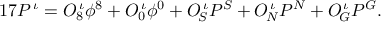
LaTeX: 1 7 P ^ { \, \iota } = { \cal O } _ { 8 } ^ { \, \iota } \phi ^ { 8 } + { \cal O } _ { 0 } ^ { \, \iota } \phi ^ { 0 } + { \cal O } _ { \! S } ^ { \, \iota } P ^ { S } + { \cal O } _ { \! N } ^ { \, \iota } P ^ { N } + { \cal O } _ { \! G } ^ { \, \iota } P ^ { G } .